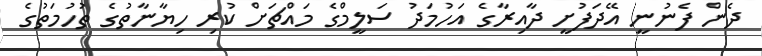
ދެން ފެނުނީ އޭދަފުށީ ދާއިރާގެ އަހުމަދު ސަލީމްގެ މައްޗަށް ކުރި ހިޔާނާތުގެ ތުހުމަތުގެ